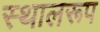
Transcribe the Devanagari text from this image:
स्थालरूप